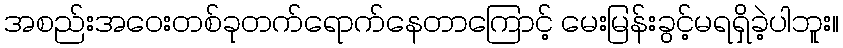
အစည်းအဝေးတစ်ခုတက်ရောက်နေတာကြောင့် မေးမြန်းခွင့်မရရှိခဲ့ပါဘူး။